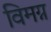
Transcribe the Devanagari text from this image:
विमग्न